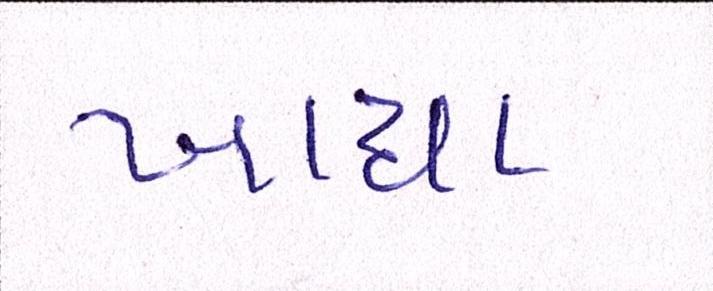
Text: ખાધા